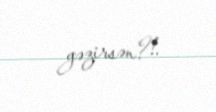
gəzirsən?!.